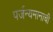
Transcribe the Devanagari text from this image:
पर्जन्यमानाची